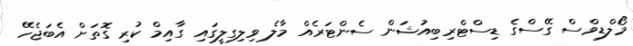
މޯލްޑިވްސް ގޭސްގެ ޑިސްޓްރިބިއުޝަން ސެންޓަރެއް މާލެ ވިލިގިލީގައި ގާއިމް ކުރި ގޮތަށް އެބަޖެހޭ